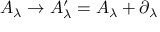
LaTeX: A _ { \lambda } \rightarrow A _ { \lambda } ^ { \prime } = A _ { \lambda } + \partial _ { \lambda }